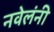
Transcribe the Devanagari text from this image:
नवेलंनी